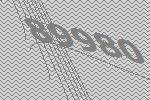
89980